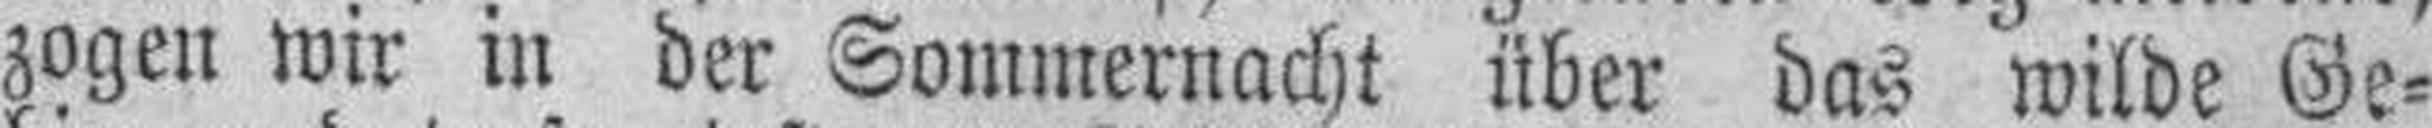
zogen wir in der Sommernacht über das wilde Ge¬